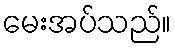
မေးအပ်သည်။